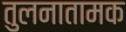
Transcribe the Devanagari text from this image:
तुलनातामक